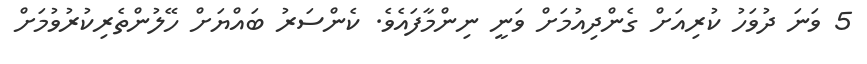
5 ވަނަ ދުވަހު ކުރިއަށް ގެންދިއުމަށް ވަނީ ނިންމާފައެވެ. ކެންސަރު ބައްޔަށް ހޭލުންތެރިކުރުވުމަށް